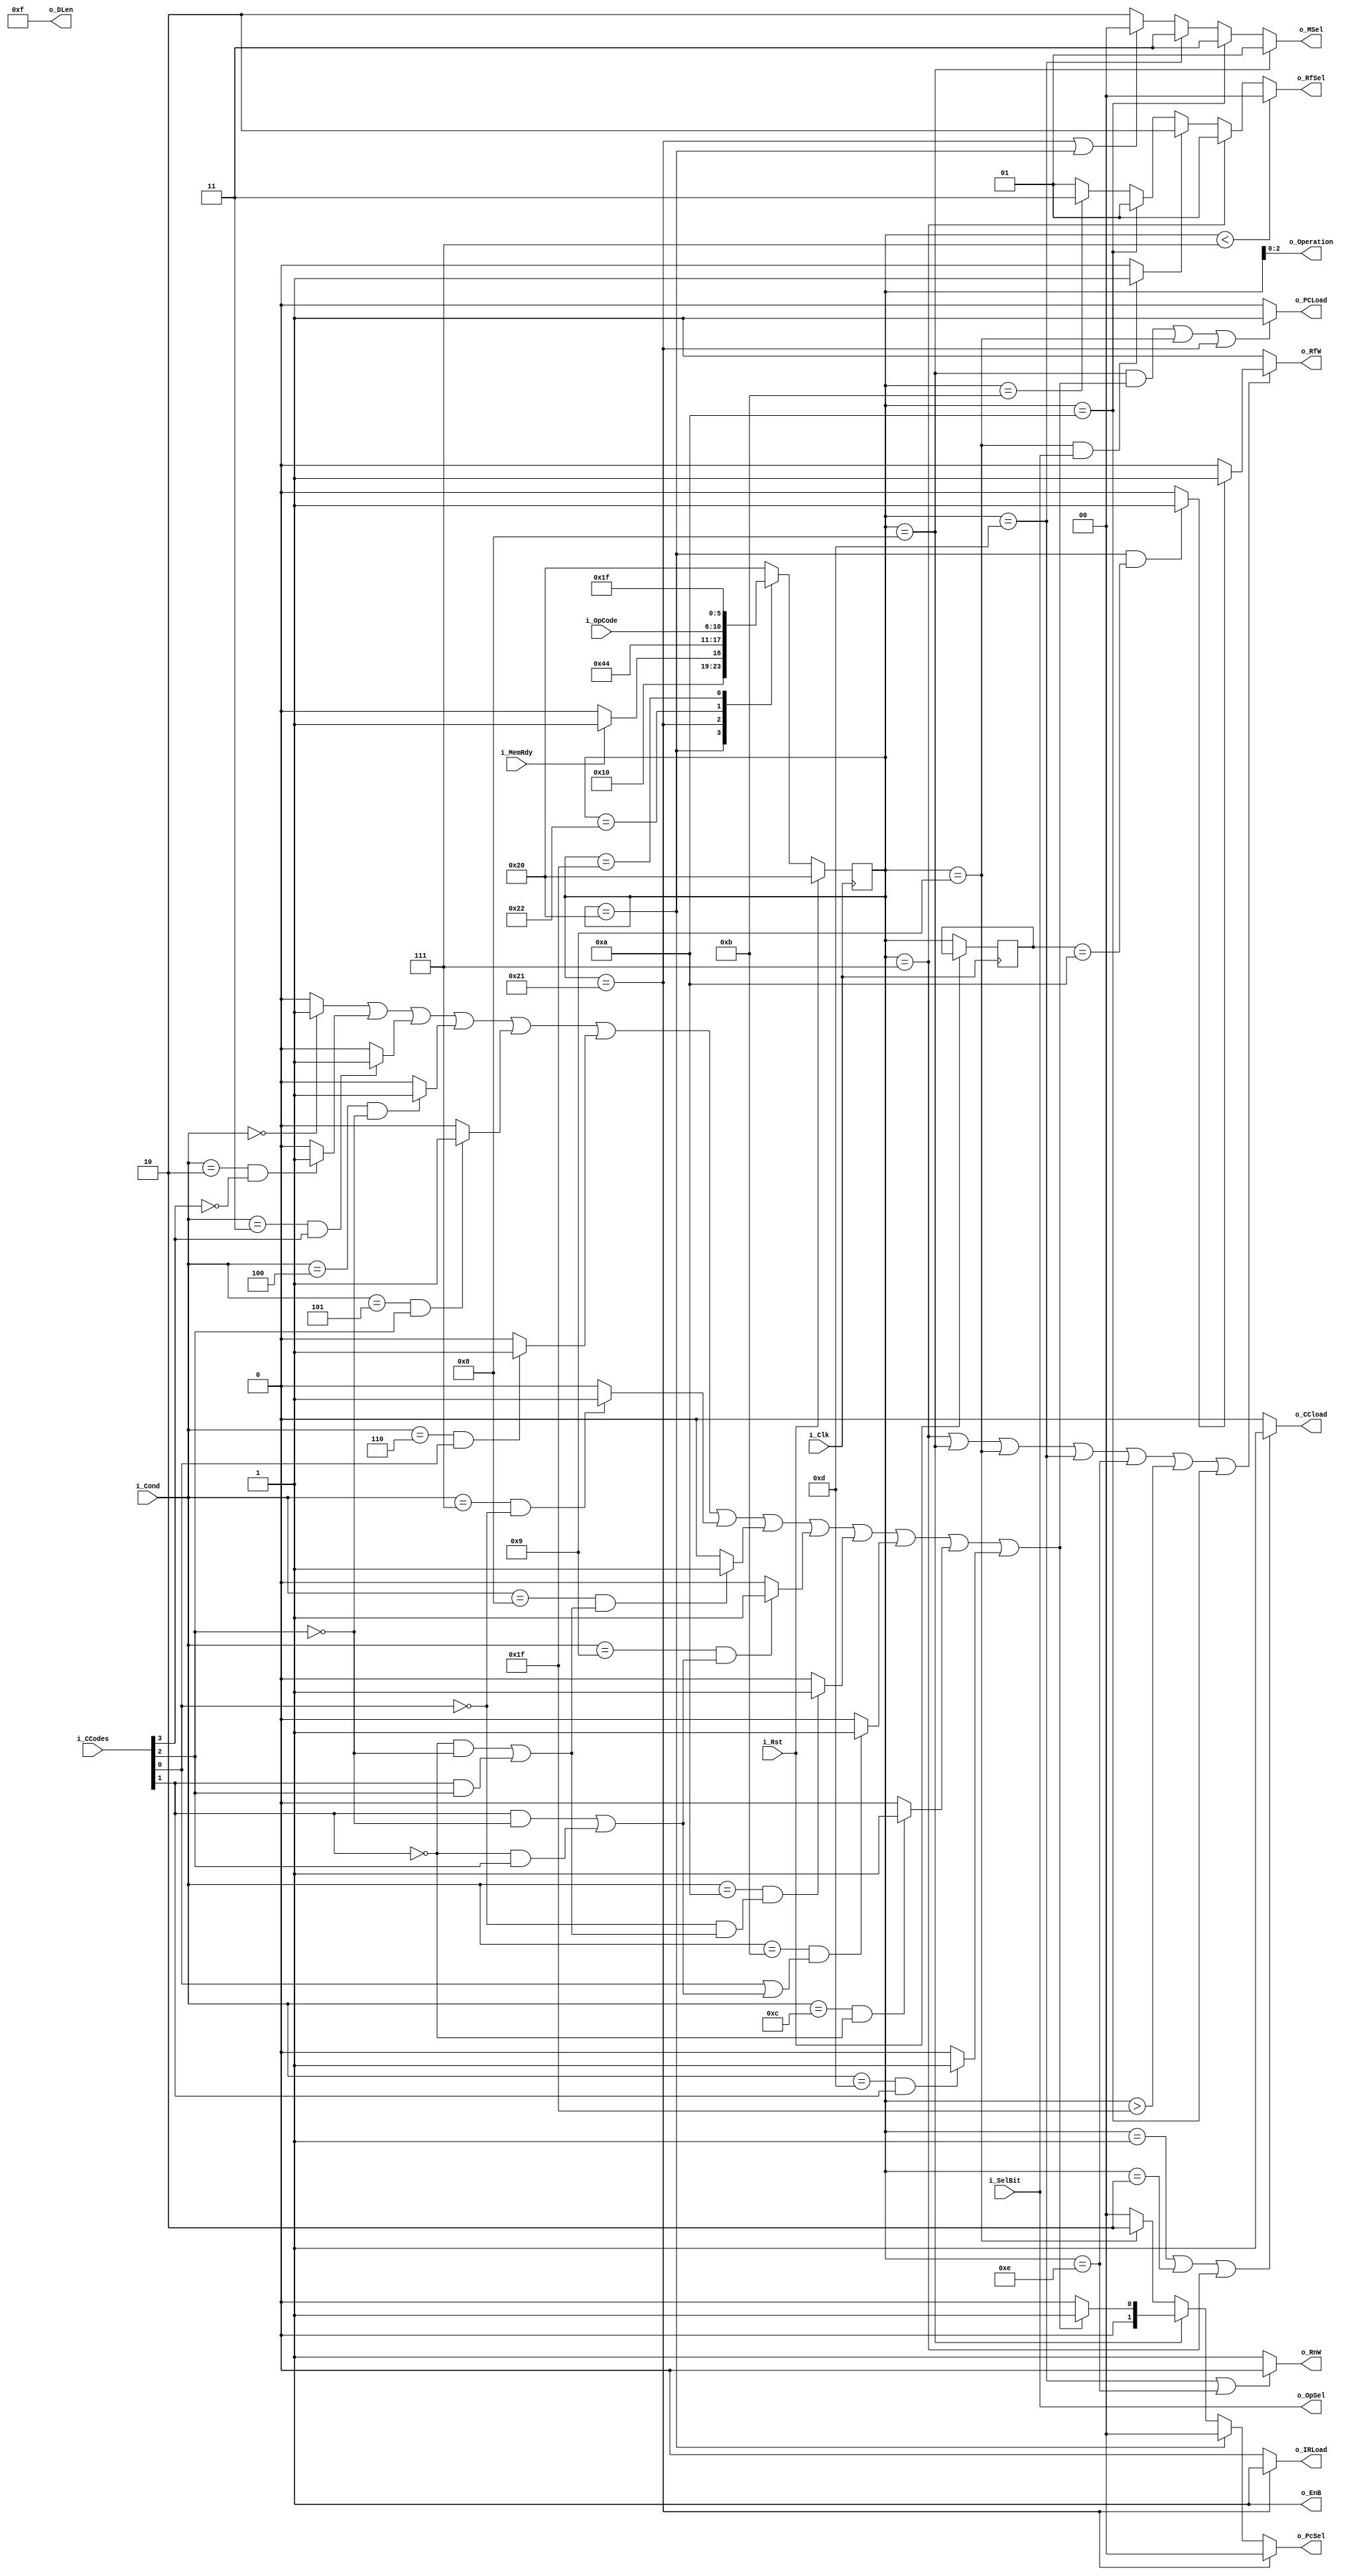
`timescale 1ns / 1ps

module control_unit(
    input i_Rst,
    input i_Clk,
    input i_SelBit,
    input i_MemRdy,
    input [3:0] i_Cond,
    input [3:0] i_CCodes,
    input [4:0] i_OpCode,
    output o_PCLoad,
    output o_IRLoad,
    output o_RnW,
    output o_RfW,
    output o_EnB,
    output o_OpSel,
    output o_CCload,
    output [1:0] o_PcSel,
    output [1:0] o_RfSel,
    output [1:0] o_MSel,
    output [2:0] o_Operation,
    output [3:0] o_DLen
);

/***********************************************************************************************************************
 * Constants
 **********************************************************************************************************************/
 /*
  * Branch Conditions
  */
parameter COND_BRA = 4'b0000,
          COND_BNV = 4'b0001,
          COND_BCC = 4'b0010,
          COND_BCS = 4'b0011,
          COND_BVC = 4'b0100,
          COND_BVS = 4'b0101,
          COND_BEQ = 4'b0110,
          COND_BNE = 4'b0111,
          COND_BGE = 4'b1000,
          COND_BLT = 4'b1001,
          COND_BGT = 4'b1010,
          COND_BLE = 4'b1011,
          COND_BPL = 4'b1100,
          COND_BMI = 4'b1101;

 /*
  * Control Unit States
  */
parameter STATE_INIT    = 6'b100000,
          STATE_FETCH   = 6'b100001,
          STATE_DECODE  = 6'b100010;

 /*
  * OP Codes
  */
parameter OP_ADD    = 5'b00001,
          OP_SUB    = 5'b00010,
          OP_ORL    = 5'b00011,
          OP_AND    = 5'b00100,
          OP_NOT    = 5'b00101,
          OP_XOR    = 5'b00110,
          OP_CMP    = 5'b00111,
          OP_BXX    = 5'b01000,
          OP_JMP    = 5'b01001,
          OP_LD     = 5'b01010,
          OP_LDI    = 5'b01011,
          OP_LDX    = 5'b01100,
          OP_ST     = 5'b01101,
          OP_STX    = 5'b01110,
          OP_HLT    = 5'b11111,
          OP_NOP    = 5'b00000;

/***********************************************************************************************************************
 * Internal Variables
 **********************************************************************************************************************/
wire _TakeJump, _LinkJump, _Z, _N, _O, _C, _RfWAux;
reg [5:0] _CurrentState, _PrevState;

/***********************************************************************************************************************
 * Condition Code Decoding
 **********************************************************************************************************************/
assign _Z = i_CCodes[0];
assign _N = i_CCodes[1];
assign _O = i_CCodes[2];
assign _C = i_CCodes[3];

//Only update the Condition Codes on the operations that require them
assign o_CCload = (_CurrentState == OP_ADD || _CurrentState == OP_SUB ||  _CurrentState == OP_CMP ) ? 1'b1 : 1'b0;

/***********************************************************************************************************************
 * Output Assignment
 **********************************************************************************************************************/
assign o_DLen = 4'b1111;

assign _RfWAux = ((_CurrentState == STATE_INIT) && (_PrevState == OP_LD)) ? 1 : 0;

assign _LinkJump = ((_CurrentState == OP_JMP) && (i_SelBit)) ? 1 : 0;

assign o_Operation = _CurrentState[2:0];

assign o_PCLoad = (((_CurrentState == OP_BXX) && _TakeJump) ||
                    (_CurrentState == OP_JMP) ||
                    (_CurrentState == STATE_FETCH)) ? 1 : 0;

assign o_IRLoad = (_CurrentState == STATE_FETCH) ? 1 : 0;

assign o_RnW = ((_CurrentState == OP_ST) || (_CurrentState == OP_STX)) ? 0 : 1;

assign o_RfW = ((_CurrentState == OP_CMP) || (_CurrentState == OP_BXX) || (_CurrentState == OP_JMP) ||
                (_CurrentState == OP_ST) || (_CurrentState == OP_STX) || (_CurrentState > OP_HLT) ||
                (_CurrentState == OP_LD)) ? (_RfWAux ? 1 : 0 ) : 1;

//assign o_EnB = (~i_SelBit) & ((_CurrentState < OP_BXX) ? 1 : 0);
assign o_EnB = 1;

assign o_OpSel = i_SelBit;

assign o_PcSel = (_CurrentState == STATE_FETCH) ? 2'b00 :
                 (_CurrentState == STATE_INIT) ? 2'b00 :
                 (_CurrentState == OP_BXX) ? (_TakeJump ? 2'b01 : 2'b00) :
                 (_CurrentState == OP_JMP) ? 2'b10 : 0;

assign o_RfSel = (_CurrentState < OP_CMP)   ? 0 :
                 (_CurrentState == OP_CMP)  ? 2'b01 :
                 (_LinkJump)                ? 2'b10 :
                 (_CurrentState == OP_LD)   ? 2'b01 :
                 (_CurrentState == OP_LDI)  ? 2'b11 : 2'b01;

assign o_MSel = (_CurrentState == OP_BXX) ? 2'b01 :
                (_CurrentState == OP_LD)  ? 2'b11 :
                (_CurrentState == OP_LD)  ? 2'b11 :
                (_CurrentState == OP_ST)  ? 2'b11 :
                ((_CurrentState == STATE_FETCH) || (_CurrentState == STATE_INIT)) ? 2'b00 :  2'b10;

//Decide wether or not the jump should be taken, refer to spec for more details
assign _TakeJump = ((i_Cond == COND_BRA) ? 1 : 0)               |
                   ((i_Cond == COND_BNV) ? 0 : 0)               |
                   (((i_Cond == COND_BCC) & (~_C)) ? 1 : 0)     |
                   (((i_Cond == COND_BCS) & (_C)) ? 1 : 0)      |
                   (((i_Cond == COND_BVC) & (~_O)) ? 1 : 0)     |
                   (((i_Cond == COND_BVS) & (_O)) ? 1 : 0)      |
                   (((i_Cond == COND_BEQ) & (_Z)) ? 1 : 0)      |
                   (((i_Cond == COND_BNE) & (~_Z)) ? 1 : 0)     |
                   (((i_Cond == COND_BGE) & ((~_N & ~_O) | (_N & _O))) ? 1 : 0)        |
                   (((i_Cond == COND_BLT) & ((_N & ~_O) | (~_N & _O))) ? 1 : 0)        |
                   (((i_Cond == COND_BGT) & (~_Z & ((~_N & ~_O)|(_N & _O)))) ? 1 : 0)  |
                   (((i_Cond == COND_BLE) & (_Z | ((_N & ~_O)|(~_N & _O)))) ? 1 : 0)   |
                   (((i_Cond == COND_BPL) & (~_N)) ? 1 : 0)     |
                   (((i_Cond == COND_BMI) & (_N)) ? 1 : 0);


/***********************************************************************************************************************
 * Control Unit FSM
 **********************************************************************************************************************/
always @(posedge i_Clk) begin
    if (i_Rst) begin
        _CurrentState <= STATE_INIT;
    end
    else begin
        _PrevState = _CurrentState;

        case (_CurrentState)
            STATE_INIT: begin
                if (i_MemRdy) begin
                    _CurrentState <= STATE_FETCH;
                end
                else begin
                    _CurrentState <= STATE_INIT;
                end
            end
            STATE_FETCH: _CurrentState <= STATE_DECODE;
            STATE_DECODE: _CurrentState <= i_OpCode;
            OP_HLT: _CurrentState <= OP_HLT;
            default: _CurrentState <= STATE_INIT;
        endcase
    end
end

endmodule